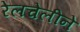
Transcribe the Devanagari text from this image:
रेलचेलीने